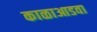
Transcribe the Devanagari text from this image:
काळाआडवा